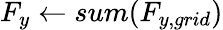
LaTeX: F_{y}\gets sum(F_{y,grid})